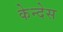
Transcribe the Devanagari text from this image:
केन्देस